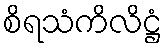
စိရသံကိလိဋ္ဌံ